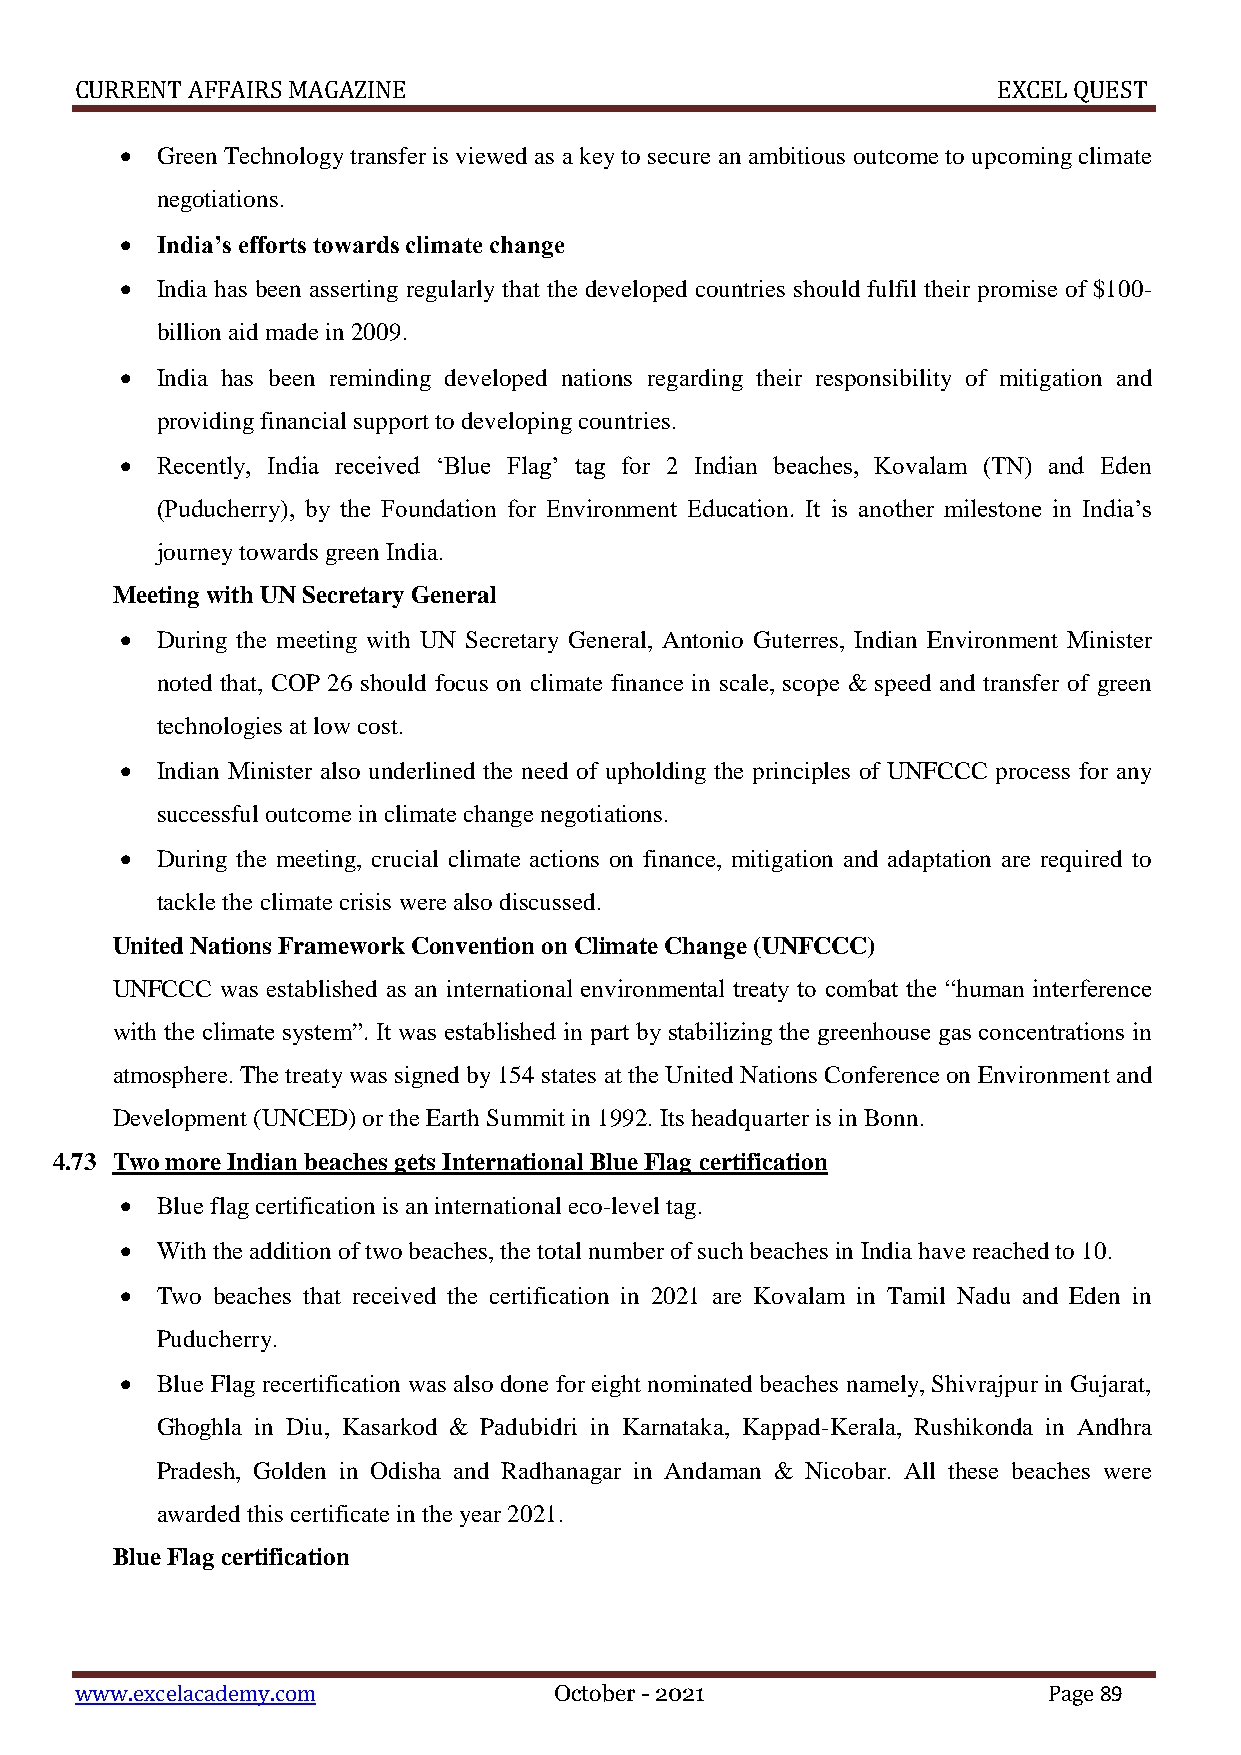
CURRENT AFFAIRS MAGAZINE                                     EXCEL QUEST
  Green Technology transfer is viewed as a key to secure an ambitious outcome to upcoming climate
 negotiations.
  India’s efforts towards climate change
  India has been asserting regularly that the developed countries should fulfil their promise of $100-
 billion aid made in 2009.
  India has been reminding developed nations regarding their responsibility of mitigation and
 providing financial support to developing countries.
  Recently, India received ‘Blue Flag’ tag for 2 Indian beaches, Kovalam (TN) and Eden
 (Puducherry), by the Foundation for Environment Education. It is another milestone in India’s
 journey towards green India.
 Meeting with UN Secretary General
  During the meeting with UN Secretary General, Antonio Guterres, Indian Environment Minister
 noted that, COP 26 should focus on climate finance in scale, scope & speed and transfer of green
 technologies at low cost.
  Indian Minister also underlined the need of upholding the principles of UNFCCC process for any
 successful outcome in climate change negotiations.
  During the meeting, crucial climate actions on finance, mitigation and adaptation are required to
 tackle the climate crisis were also discussed.
 United Nations Framework Convention on Climate Change (UNFCCC)
 UNFCCC  was established as an international environmental treaty to combat the “human interference
 with the climate system”. It was established in part by stabilizing the greenhouse gas concentrations in
 atmosphere. The treaty was signed by 154 states at the United Nations Conference on Environment and
 Development (UNCED) or the Earth Summit in 1992. Its headquarter is in Bonn.
 4.73 Two more Indian beaches gets International Blue Flag certification
  Blue flag certification is an international eco-level tag.
  With the addition of two beaches, the total number of such beaches in India have reached to 10.
  Two beaches that received the certification in 2021 are Kovalam in Tamil Nadu and Eden in
 Puducherry.
  Blue Flag recertification was also done for eight nominated beaches namely, Shivrajpur in Gujarat,
 Ghoghla in Diu, Kasarkod & Padubidri in Karnataka, Kappad-Kerala, Rushikonda in Andhra
 Pradesh, Golden in Odisha and Radhanagar in Andaman & Nicobar. All these beaches were
 awarded this certificate in the year 2021.
 Blue Flag certification
 www.excelacademy.com            October - 2021                  Page 89